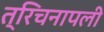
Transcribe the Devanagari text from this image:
त्रिचनापली